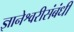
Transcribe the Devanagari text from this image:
ज्ञानेश्वरीसंबंधी